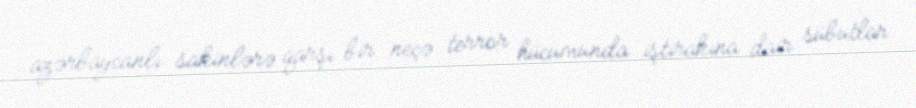
azərbaycanlı sakinlərə qarşı bir neçə terror hücumunda iştirakına dair sübutlar